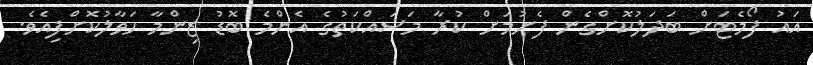
އައު ފޯމެޓަށް ބަދަލުކޮށްގެން ފެށުމަށް ކުރާ މަސައްކަތުގެ އެންމެ ބޮޑު ޒިންމާ ހަވާލުކޮށްފިއެވެ.